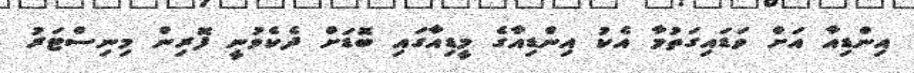
އިންޑިއާ އަށް ވަޑައިގަތުމާ އެކު އިންޑިއާގެ މީޑިއާގައި ބޮޑަށް ދެކެވުނީ ފޮރިން މިނިސްޓަރު